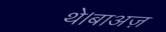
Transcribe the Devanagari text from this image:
थे।बाअज़